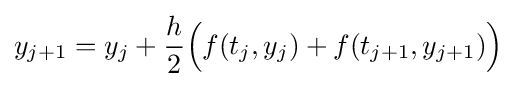
y_{j+1}=y_{j}+{\frac {h}{2}}{\Big (}f(t_{j},y_{j})+f(t_{j+1},y_{j+1}){\Big )}